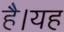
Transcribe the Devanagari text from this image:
हैै।यह